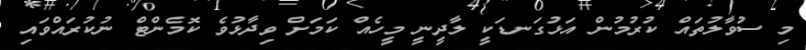
މި ސުވާލުތައް ކުރުމުން އަޅުގަނޑަކީ ލާދީނީ މީހެއް ކަމަށް ވިދާޅުވެ ކޮމެންޓް ނުކުރައްވައި